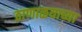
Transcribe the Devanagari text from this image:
ठाणाळयाच्या